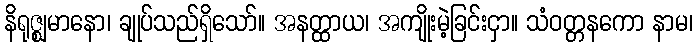
နိရုဇ္ဈမာနော၊ ချုပ်သည်ရှိသော်။ အနတ္ထာယ၊ အကျိုးမဲ့ခြင်းငှာ။ သံဝတ္တနကော နာမ၊